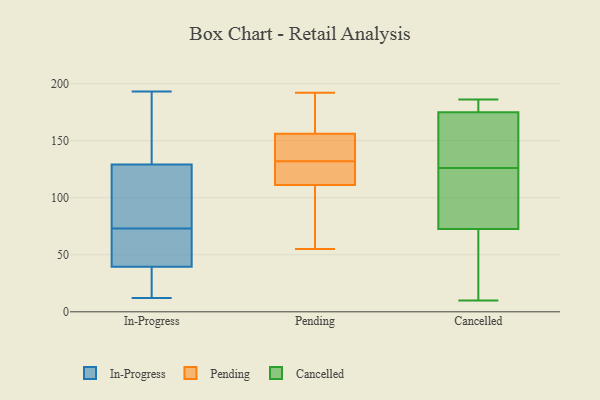
{"axis": {"x": "Backlog", "y": "Value"}, "legend": ["Cancelled", "In-Progress", "Pending"], "data": [{"x": "", "y": 32, "type": "In-Progress"}, {"x": "", "y": 84, "type": "In-Progress"}, {"x": "", "y": 47, "type": "In-Progress"}, {"x": "", "y": 62, "type": "In-Progress"}, {"x": "", "y": 67, "type": "In-Progress"}, {"x": "", "y": 130, "type": "In-Progress"}, {"x": "", "y": 151, "type": "In-Progress"}, {"x": "", "y": 26, "type": "In-Progress"}, {"x": "", "y": 12, "type": "In-Progress"}, {"x": "", "y": 79, "type": "In-Progress"}, {"x": "", "y": 18, "type": "In-Progress"}, {"x": "", "y": 67, "type": "In-Progress"}, {"x": "", "y": 88, "type": "In-Progress"}, {"x": "", "y": 193, "type": "In-Progress"}, {"x": "", "y": 171, "type": "In-Progress"}, {"x": "", "y": 128, "type": "In-Progress"}, {"x": "", "y": 135, "type": "Pending"}, {"x": "", "y": 55, "type": "Pending"}, {"x": "", "y": 132, "type": "Pending"}, {"x": "", "y": 121, "type": "Pending"}, {"x": "", "y": 117, "type": "Pending"}, {"x": "", "y": 136, "type": "Pending"}, {"x": "", "y": 165, "type": "Pending"}, {"x": "", "y": 189, "type": "Pending"}, {"x": "", "y": 125, "type": "Pending"}, {"x": "", "y": 192, "type": "Pending"}, {"x": "", "y": 83, "type": "Pending"}, {"x": "", "y": 153, "type": "Pending"}, {"x": "", "y": 94, "type": "Pending"}, {"x": "", "y": 123, "type": "Cancelled"}, {"x": "", "y": 88, "type": "Cancelled"}, {"x": "", "y": 63, "type": "Cancelled"}, {"x": "", "y": 156, "type": "Cancelled"}, {"x": "", "y": 180, "type": "Cancelled"}, {"x": "", "y": 13, "type": "Cancelled"}, {"x": "", "y": 179, "type": "Cancelled"}, {"x": "", "y": 171, "type": "Cancelled"}, {"x": "", "y": 10, "type": "Cancelled"}, {"x": "", "y": 186, "type": "Cancelled"}, {"x": "", "y": 129, "type": "Cancelled"}, {"x": "", "y": 82, "type": "Cancelled"}]}